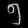
Digit: ၅